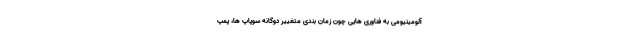
آلومینیومی به فناوری هایی چون زمان بندی متغییر دوگانه سوپاپ ها، پمپ